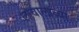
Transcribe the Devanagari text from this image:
लावालाव्या